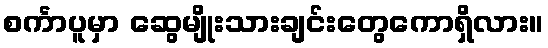
စင်္ကာပူမှာ ဆွေမျိုးသားချင်းတွေကောရှိလား။